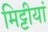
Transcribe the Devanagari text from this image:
मिट्टीयां